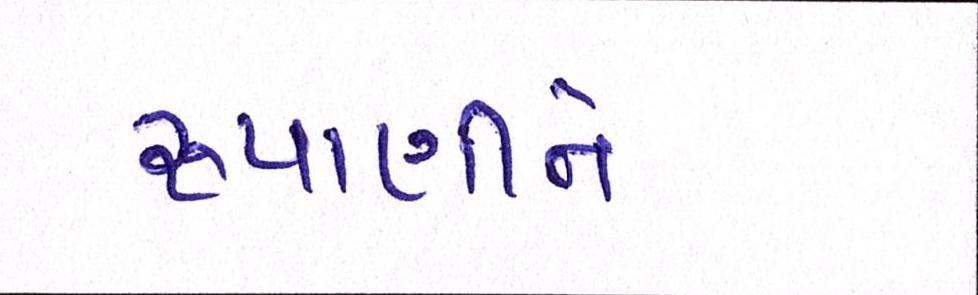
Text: રૂપાણીને